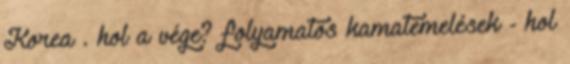
Korea . hol a vége? folyamatos kamatemelések - hol